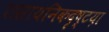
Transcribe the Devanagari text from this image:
रासायनिकदृष्टय़ा